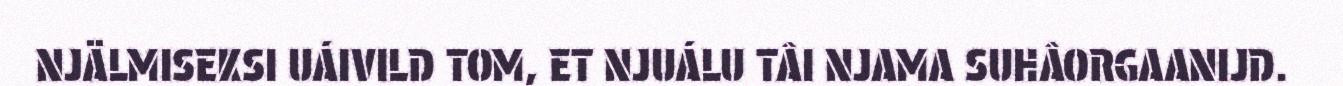
NJÄLMISEKSI UÁIVILD TOM, ET NJUÁLU TÂI NJAMA SUHÂORGAANIJD.